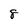
Character: 8